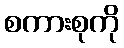
စကားစုကို